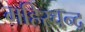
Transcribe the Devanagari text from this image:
महिरचन्द्र